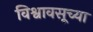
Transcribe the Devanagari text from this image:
विश्वावसूच्या